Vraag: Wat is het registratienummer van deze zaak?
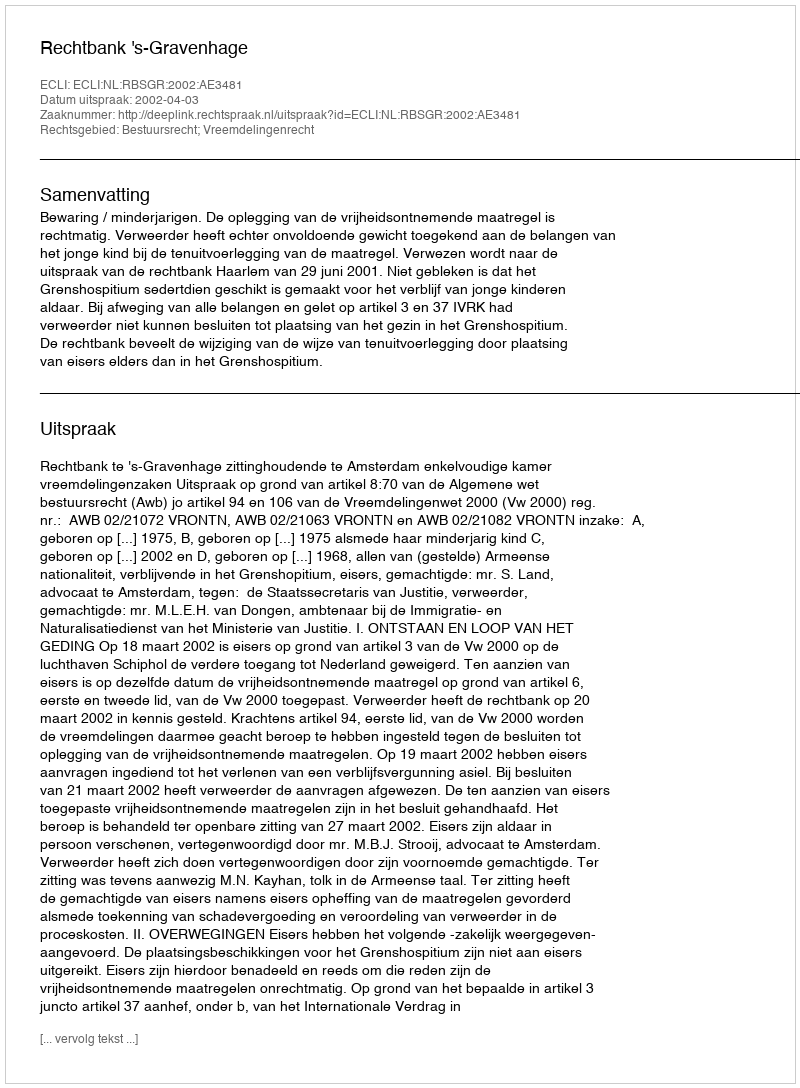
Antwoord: http://deeplink.rechtspraak.nl/uitspraak?id=ECLI:NL:RBSGR:2002:AE3481